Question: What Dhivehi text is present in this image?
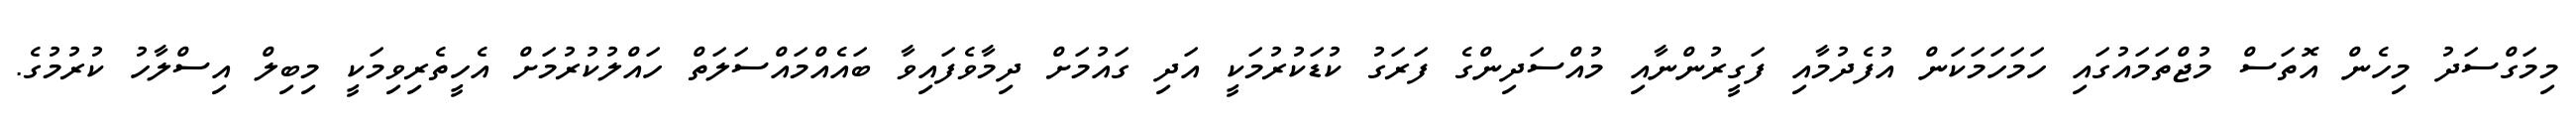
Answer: މިމަގްސަދު މިހެން އޮތަސް މުޖްތަމައުގައި ހަމަހަމަކަން އުފެދުމާއި ފަގީރުންނާއި މުއްސަދިންގެ ފަރަގު ކުޑަކުރުމަކީ އަދި ގައުމަށް ދިމާވެފައިވާ ބައެއްމައްސަލަތް ހައްލުކުރުމަށް އެހީތެރިވިމަކީ މިބިލް އިސްލާހު ކުރުމުގެ.